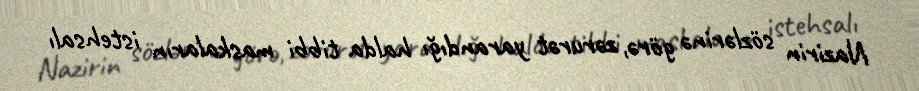
Nazirin sözlərinə görə, zərurət yarandığı halda tibbi maskaların istehsalı